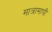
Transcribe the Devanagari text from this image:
मात्रामापी